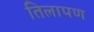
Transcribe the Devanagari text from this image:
तिलापण